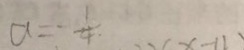
a = - \frac { 1 } { 4 } .